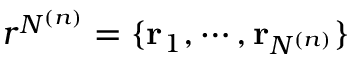
r ^ { N ^ { ( n ) } } = \{ \mathbf { r } _ { 1 } , \cdots , \mathbf { r } _ { N ^ { ( n ) } } \}